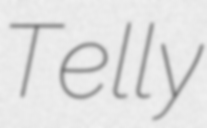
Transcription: Telly